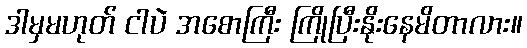
ဒါမှမဟုတ် ငါပဲ အစောကြီး ကြိုပြီးနိုးနေမိတာလား။